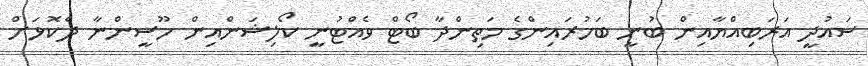
ސައުދީ އަރަބިއްޔާއިން ބުނީ ބަހުރައިންގެ މަތިންދާ ބޯޓް ވެއްޓުނީ ކޯލިޝަންއިން ހޫސީންނާ ދެކޮޅަށް